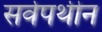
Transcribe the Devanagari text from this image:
सर्वपथीन